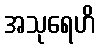
အသုရေဟိ